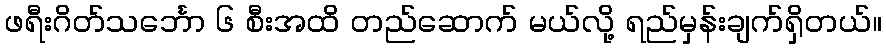
ဖရီးဂိတ်သင်္ဘော ၆ စီးအထိ တည်ဆောက် မယ်လို့ ရည်မှန်းချက်ရှိတယ်။